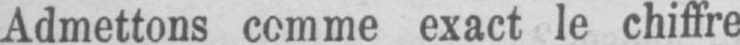
Admettons comme exact le chiffre